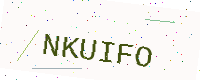
Text: NKUIFO